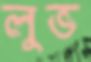
লুভ